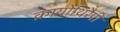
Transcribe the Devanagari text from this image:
क्रायोथिरैपी